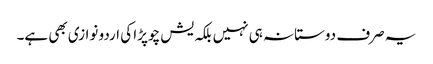
یہ صرف دوستانہ ہی نہیں بلکہ یش چوپڑا کی اردو نوازی بھی ہے۔